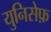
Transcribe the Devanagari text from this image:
युनिसेफ़